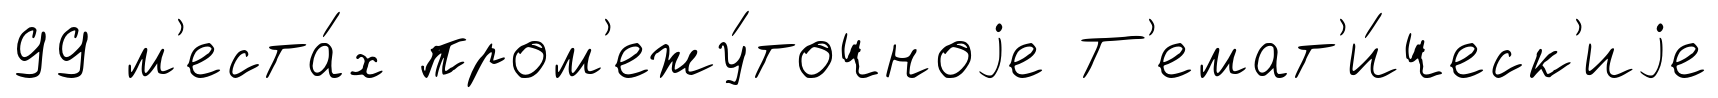
99 м'еста́х пром'ежу́точноjе Т'емат'и́ческ'иjе